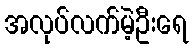
အလုပ်လက်မဲ့ဦးရေ